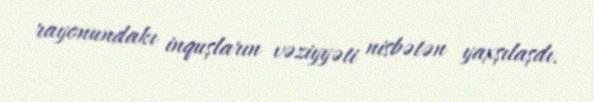
rayonundakı inquşların vəziyyəti nisbətən yaxşılaşdı.